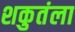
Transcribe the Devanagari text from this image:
शकुतंला